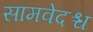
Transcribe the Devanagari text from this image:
सामवेदश्च